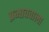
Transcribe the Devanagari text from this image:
प्रभाववाला